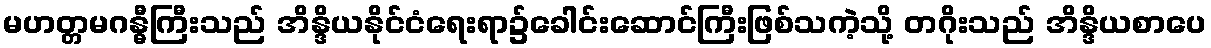
မဟတ္တမဂန္ဓီကြီးသည် အိန္ဒိယနိုင်ငံရေးရာ၌ခေါင်းဆောင်ကြီးဖြစ်သကဲ့သို့ တဂိုးသည် အိန္ဒိယစာပေ